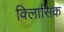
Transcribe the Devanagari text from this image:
क्लािसिक